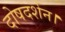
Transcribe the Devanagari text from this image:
दोषदर्शन।